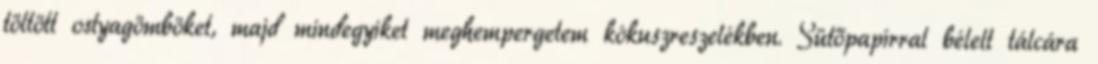
töltött ostyagömböket, majd mindegyiket meghempergetem kókuszreszelékben. Sütőpapírral bélelt tálcára